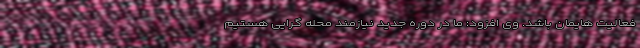
فعالیت هایمان باشد. وی افزود: ما در دوره جدید نیازمند محله گرایی هستیم